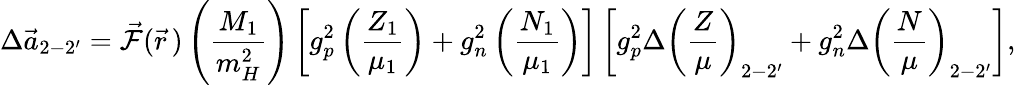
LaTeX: \Delta\vec{a}_{2-2^{\prime}}=\vec{\cal F}(\vec{r}\, )\left(\frac{M_{1}}{m_{H}^{2}}\right)\left[g_{p}^{2}\left(\frac{Z_{1}}{\mu_{1}}\right)+g_{n}^{2}\left(\frac{N_{1}}{\mu_{1}}\right)\right]\left[g_{p}^{2}\Delta\left(\frac{Z}{\mu}\right)_{2-2^{\prime}}+g_{n}^{2}\Delta\left(\frac{N}{\mu}\right)_{2-2^{\prime}}\right],